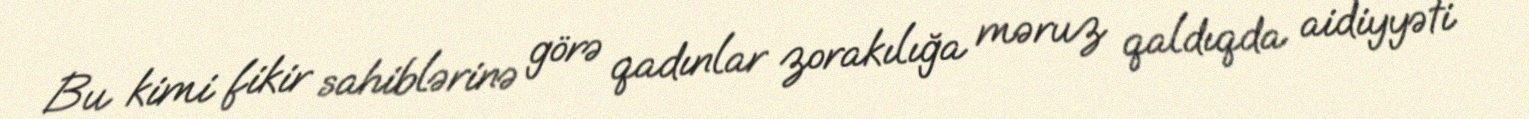
Bu kimi fikir sahiblərinə görə qadınlar zorakılığa məruz qaldıqda aidiyyəti